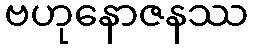
ဗဟုနောဇနဿ